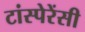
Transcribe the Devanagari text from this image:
टांस्पेरेंसी